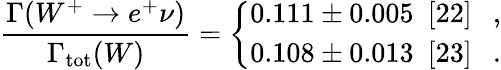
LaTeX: \frac{\Gamma(W^{+}\to e^{+}\nu)}{\Gamma_{\mathrm{tot}}(W)}=\left\{ \begin{array}{l}{{0.111\pm 0.005~~[22]~~~,}}\\ {{0.108\pm 0.013~~[23]~~~.}}\end{array}\right.